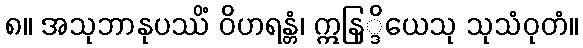
၈။ အသုဘာနုပဿိံ ဝိဟရန္တံ၊ ဣနြ္ဒိယေသု သုသံဝုတံ။